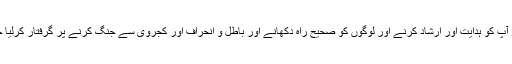
آخر کار آپ کو ہدایت اور ارشاد کرنے اور لوگوں کو صحیح راہ دکھانے اور باطل و انحراف اور کجروی سے جنگ کرنے پر گرفتار کرلیا جاتا ہے۔